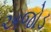
અજોડ